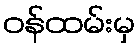
ဝန်ထမ်းမှ